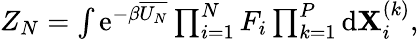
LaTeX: \begin{array}{r}{Z_{N}=\int\mathrm{e}^{-\beta\overline{{U_{N}}}}\prod_{i=1}^{N}F_{i}\prod_{k=1}^{P}\mathrm{d}\mathbf{X}_{i}^{(k)},}\end{array}